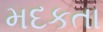
મદકતા